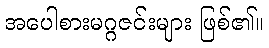
အပေါစားမဂ္ဂဇင်းများ ဖြစ်၏။